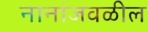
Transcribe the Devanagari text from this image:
नानांजवळील